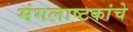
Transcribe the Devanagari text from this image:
मंगलाष्टकांचे